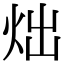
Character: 炪